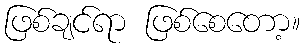
ဖြစ်ချင်ရာ ဖြစ်စေတော့။